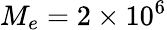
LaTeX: M_{e}=2\times 10^{6}